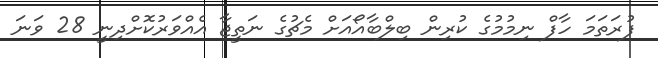
ފުރަތަމަ ހާފް ނިމުމުގެ ކުރިން ބިލްބާއޯއަށް މެޗުގެ ނަތީޖާ އެއްވަރުކޮށްދިނީ 28 ވަނަ